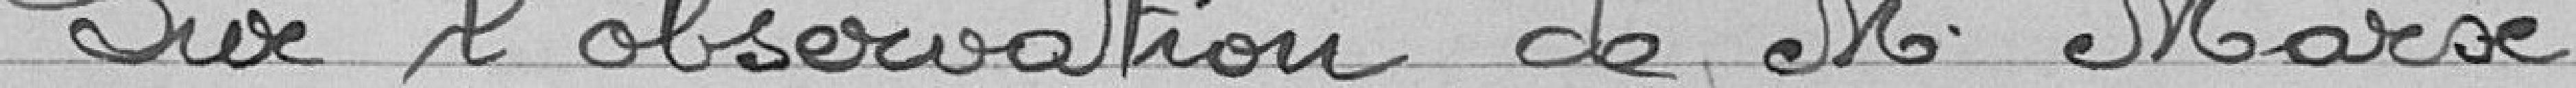
Sur l'observation de M. Marx